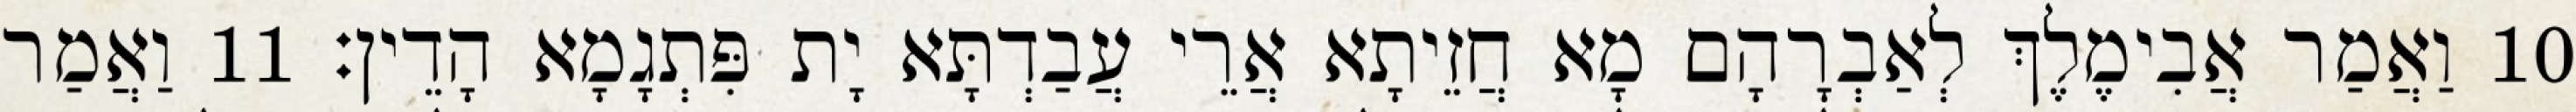
10 וַאֲמַר אֲבִימֶלֶךְ לְאַבְרָהָם מָא חֲזֵיתָא אֲרֵי עֲבַדְתָּא יָת פִּתְגָמָא הָדֵין׃ 11 וַאֲמַר